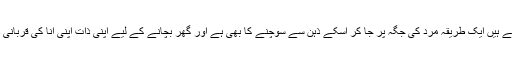
گھر بچانے کے ہزار طریقے ہیں ایک طریقہ مرد کی جگہ پر جا کر اسکے ذہن سے سوچنے کا بھی ہے اور گھر بچانے کے لیے اپنی ذات اپنی انا کی قربانی دینا سب سے پہلا سبق ہے۔